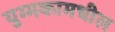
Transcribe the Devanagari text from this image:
युग्मकामधील